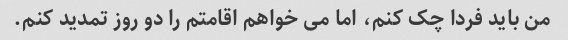
من باید فردا چک کنم، اما می خواهم اقامتم را دو روز تمدید کنم.